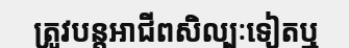
ត្រូវបន្តអាជីពសិល្បៈទៀតឬ